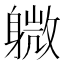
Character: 𫏭